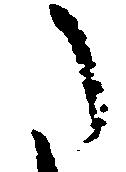
た